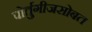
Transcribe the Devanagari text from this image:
पोर्तुगीजसोबत